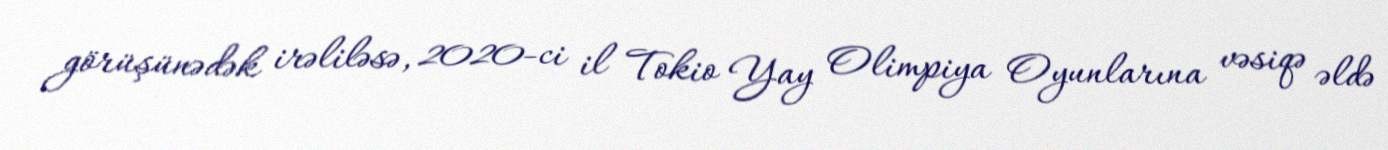
görüşünədək irəliləsə, 2020-ci il Tokio Yay Olimpiya Oyunlarına vəsiqə əldə